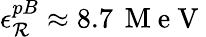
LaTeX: \epsilon_{\mathcal{R}}^{pB}\approx8.7\, \mathrm{{~M~e~V~}}